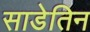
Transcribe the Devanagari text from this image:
साडेतिन